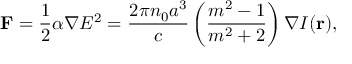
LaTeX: \mathbf { F } = { \frac { 1 } { 2 } } \alpha \nabla E ^ { 2 } = { \frac { 2 \pi n _ { 0 } a ^ { 3 } } { c } } \left( { \frac { m ^ { 2 } - 1 } { m ^ { 2 } + 2 } } \right) \nabla I ( \mathbf { r } ) ,